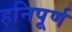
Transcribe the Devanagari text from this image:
हनिपूर्ण